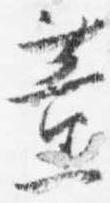
薫